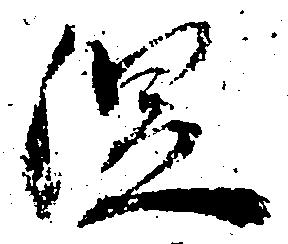
涅